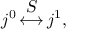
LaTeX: j ^ { 0 } \mathop { \longleftrightarrow } ^ { \displaystyle S } j ^ { 1 } ,